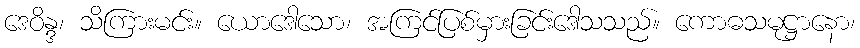
ဒေဝိန္ဒ၊ သိကြားမင်း။ ယောဒေါသော၊ အကြင်ပြစ်မှားခြင်းဒေါသသည်။ ကောဓသမုဋ္ဌာနော၊